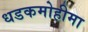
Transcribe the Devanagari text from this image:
धडकमोहीमा